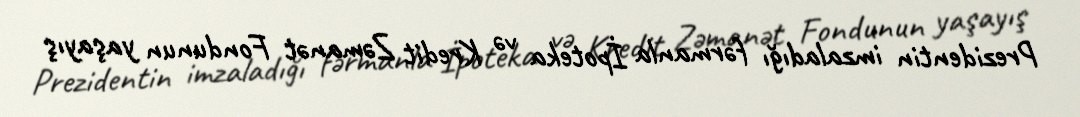
Prezidentin imzaladığı fərmanla İpoteka və Kredit Zəmanət Fondunun yaşayış